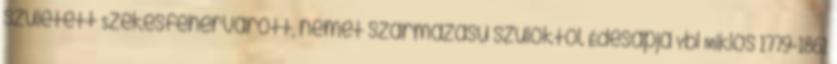
született Székesfehérvárott, német származású szülőktől. Édesapja Ybl Miklós 1779-1861